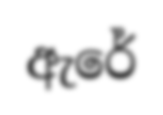
ඇරේ